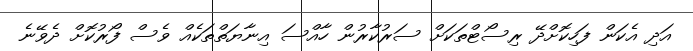
އަދި އެކަން ފަހިކޮށްދޭ ރިސޯޓްތަކަށް ސަރުކާރުން ހާއްސަ އިނާޔަތްތަކެއް ވެސް ފޯރުކޮށް ދެވޭނެ